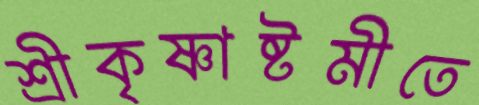
শ্রীকৃষ্ণাষ্টমীতে